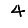
Digit: 4